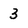
Character: 3